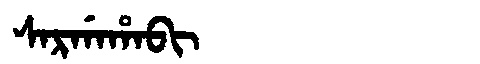
Manchu: ᠰᠠᡵᡤᠠᡥᠠᠪᡳ
Romanization: SARGAHABI